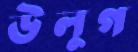
উলুগ